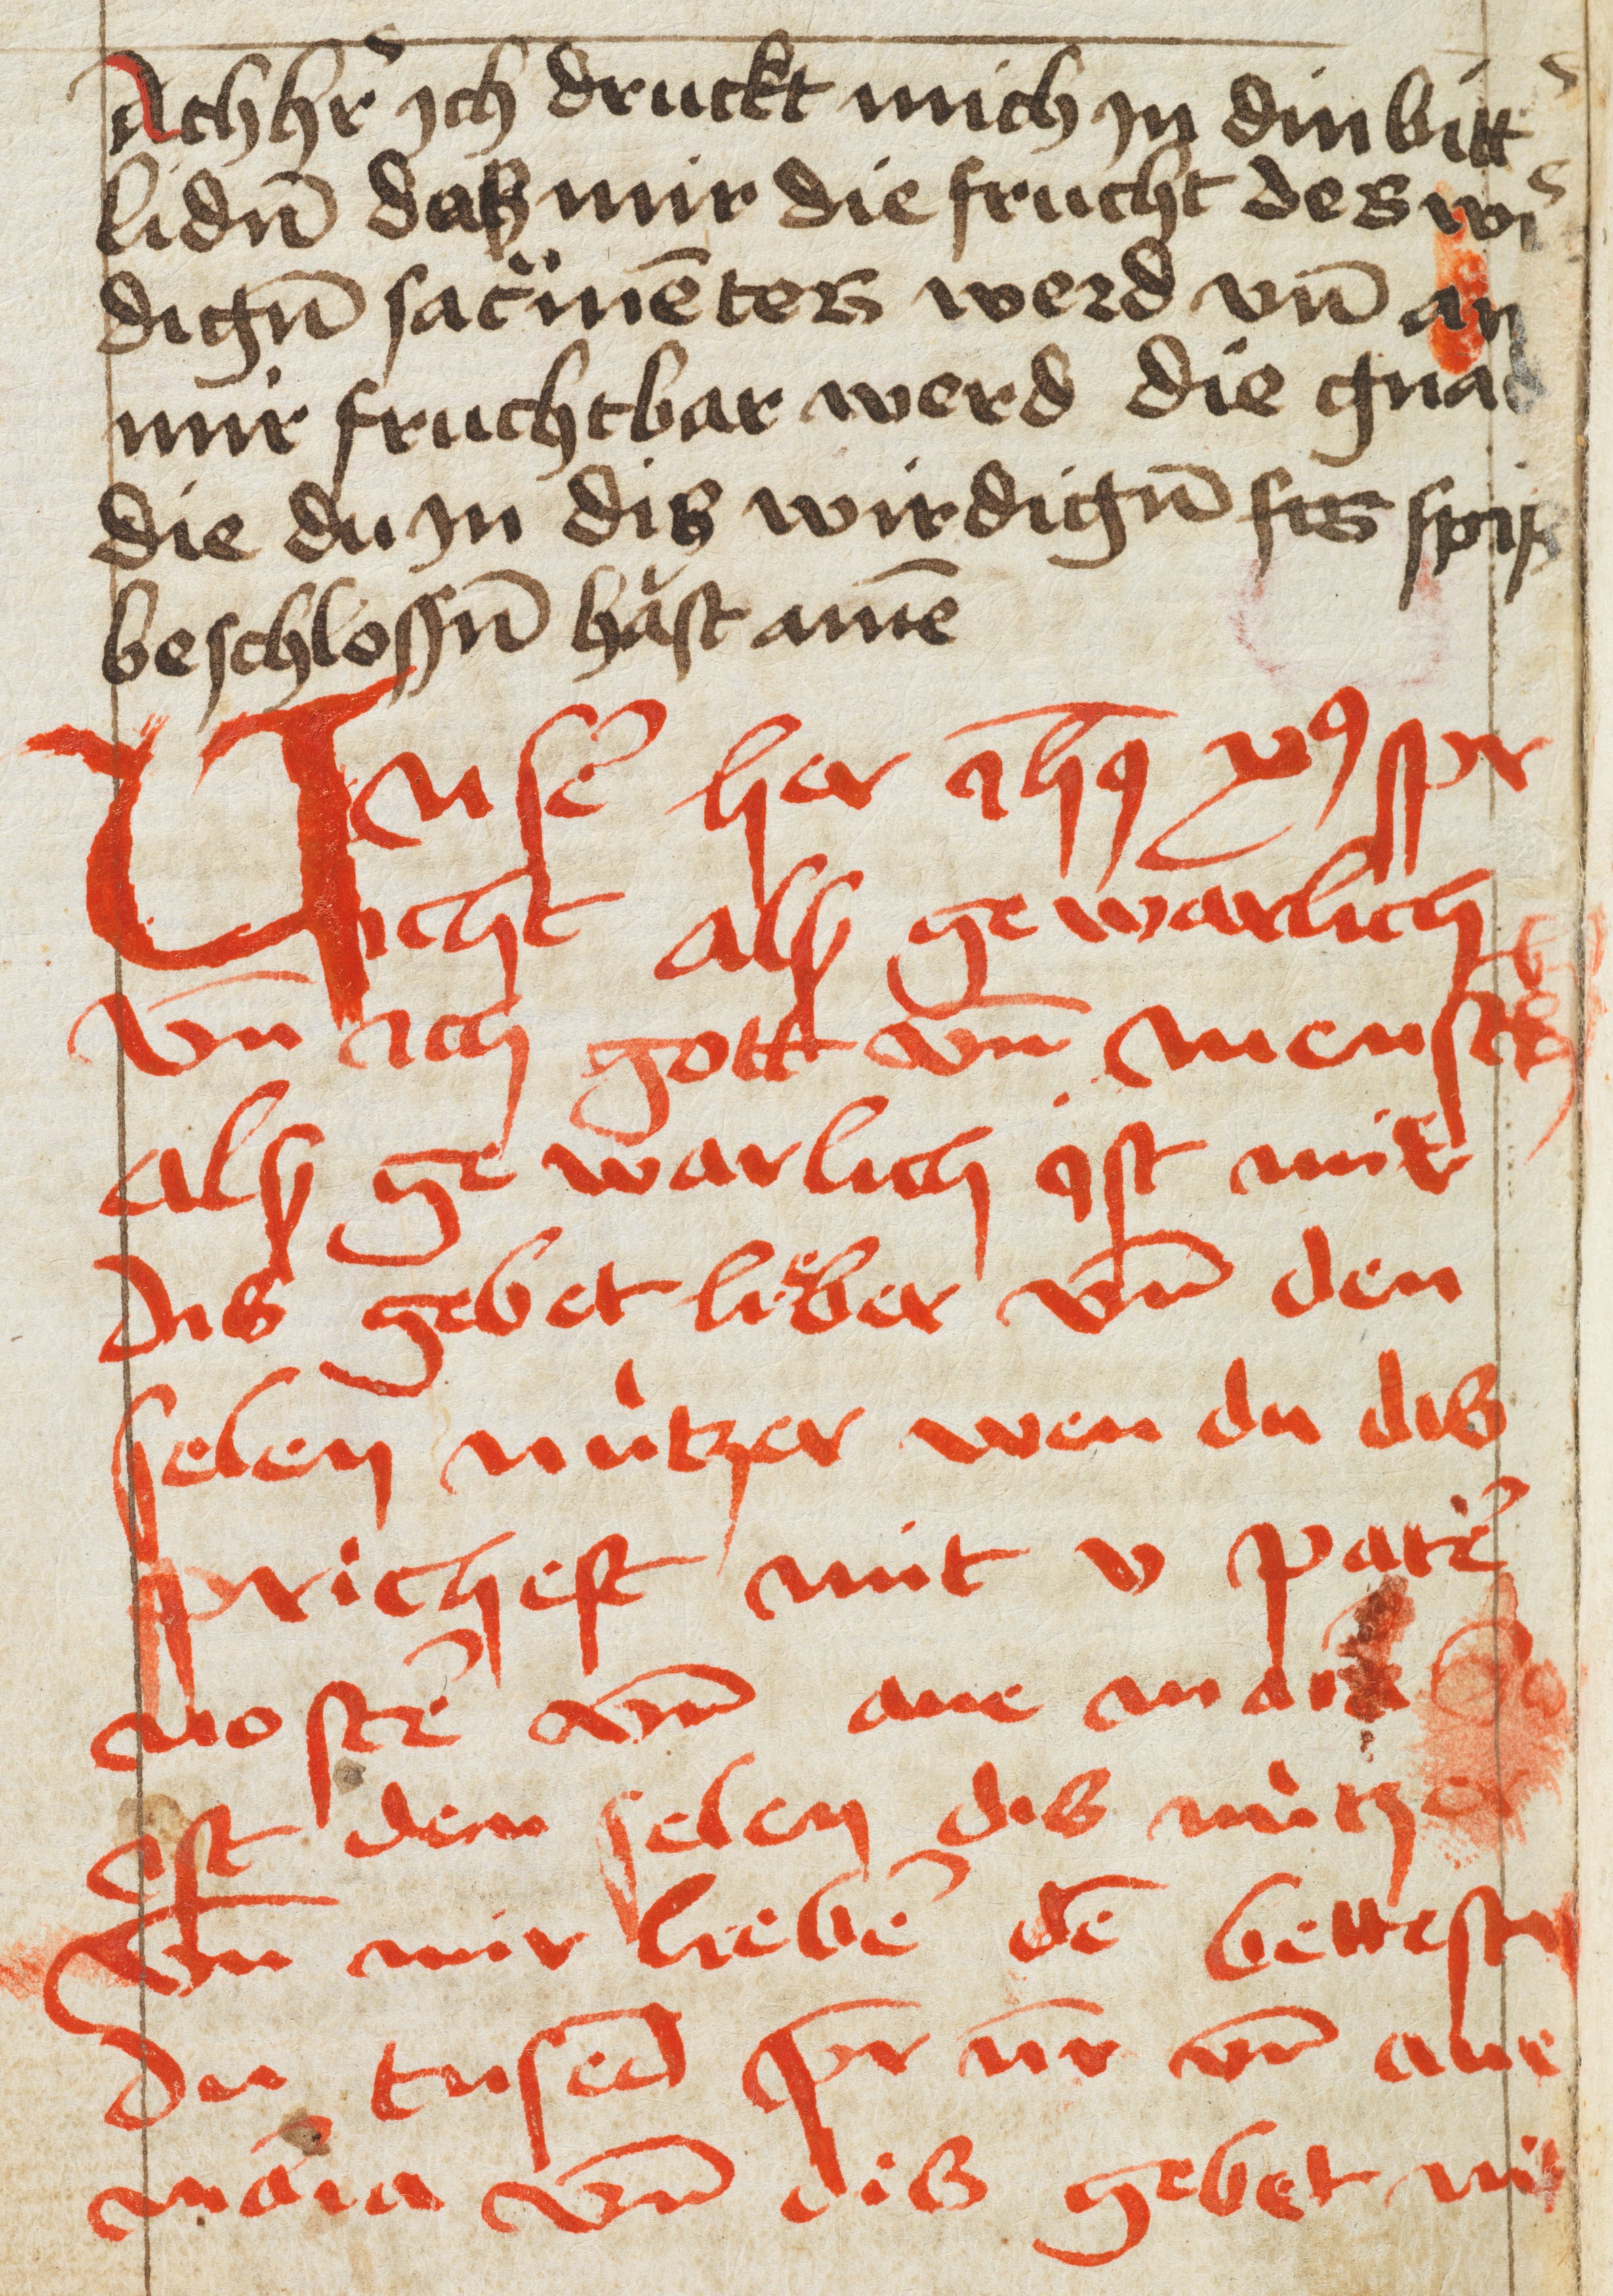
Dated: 1433–1465